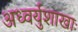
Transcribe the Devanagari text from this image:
अध्वर्युशाखाः